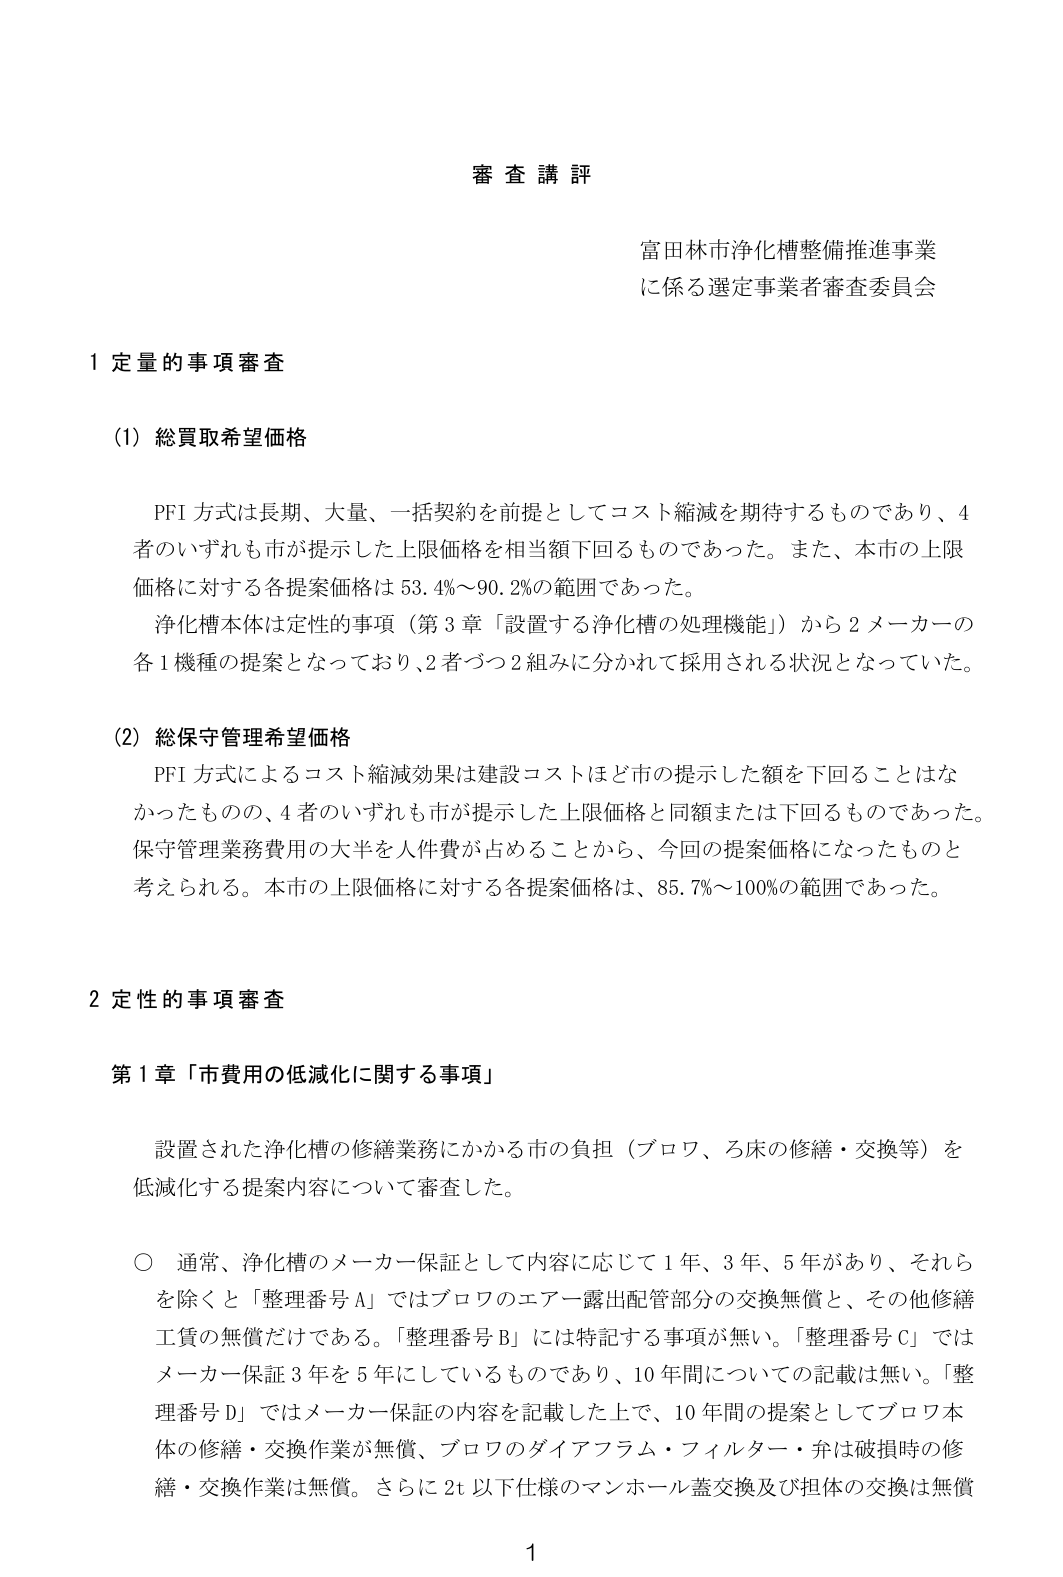
審査講評

富田林市浄化槽整備推進事業
に係る選定事業者審査委員会

1 定量的事項審査

(1) 総買取希望価格

PFI方式は長期、大量、一括契約を前提としてコスト縮減を期待するものであり、4者のいずれも市が提示した上限価格を相当額下回るものであった。また、本市の上限価格に対する各提案価格は53.4%～90.2%の範囲であった。

浄化槽本体は定性的事項（第3章「設置する浄化槽の処理機能」）から2メーカーの各1機種の提案となっており、2者ごつ2組みに分かれて採用される状況となっていた。

(2) 総保守管理希望価格

PFI方式によるコスト縮減効果は建設コストはどの市が提示した額を下回ることはなかったものの、4者のいずれも市が提示した上限価格と同額または下回るものであった。保守管理業務費用の大半を人件費が占めることから、今回の提案価格になったものと考えられる。本市の上限価格に対する各提案価格は、85.7%～100%の範囲であった。

2 定性的事項審査

第1章「市費用の低減化に関する事項」

設置された浄化槽の修繕業務にかかる市の負担（ブロワ、ろ床の修繕・交換等）を低減化する提案内容について審査した。

○ 通常、浄化槽のメーカー保証として内容に応じて1年、3年、5年があり、それらを除くと「整理番号A」ではブロワのエアー露出配管部分の交換無償と、その他修繕工賃の無償だけである。「整理番号B」には特記する事項が無い。「整理番号C」ではメーカー保証3年を5年にしているものであり、10年間についての記載は無い。「整理番号D」ではメーカー保証の内容を記載した上で、10年間の提案としてブロワ本体の修繕・交換作業が無償、ブロワのダイアフラム・フィルター・弁は破損時の修繕・交換作業は無償。さらに2t以下仕様のマンホール蓋交換及び担体の交換は無償

1